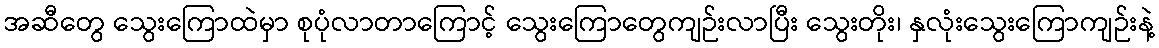
အဆီတွေ သွေးကြောထဲမှာ စုပုံလာတာကြောင့် သွေးကြောတွေကျဉ်းလာပြီး သွေးတိုး၊ နှလုံးသွေးကြောကျဉ်းနဲ့